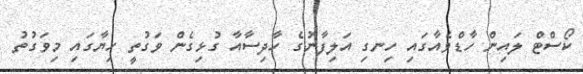
ކޯސްޓް ލައިން ހާޑްވެއާގައި ހިނގި އަލިފާނުގެ ހާދިސާއާ ގުޅިގެން ވަގުތީ ހިޔާގައި މިވަގުތު